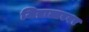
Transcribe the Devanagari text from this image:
जिब्राल्टरवर